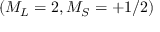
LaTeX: ( M _ { L } = 2 , M _ { S } = + 1 / 2 )